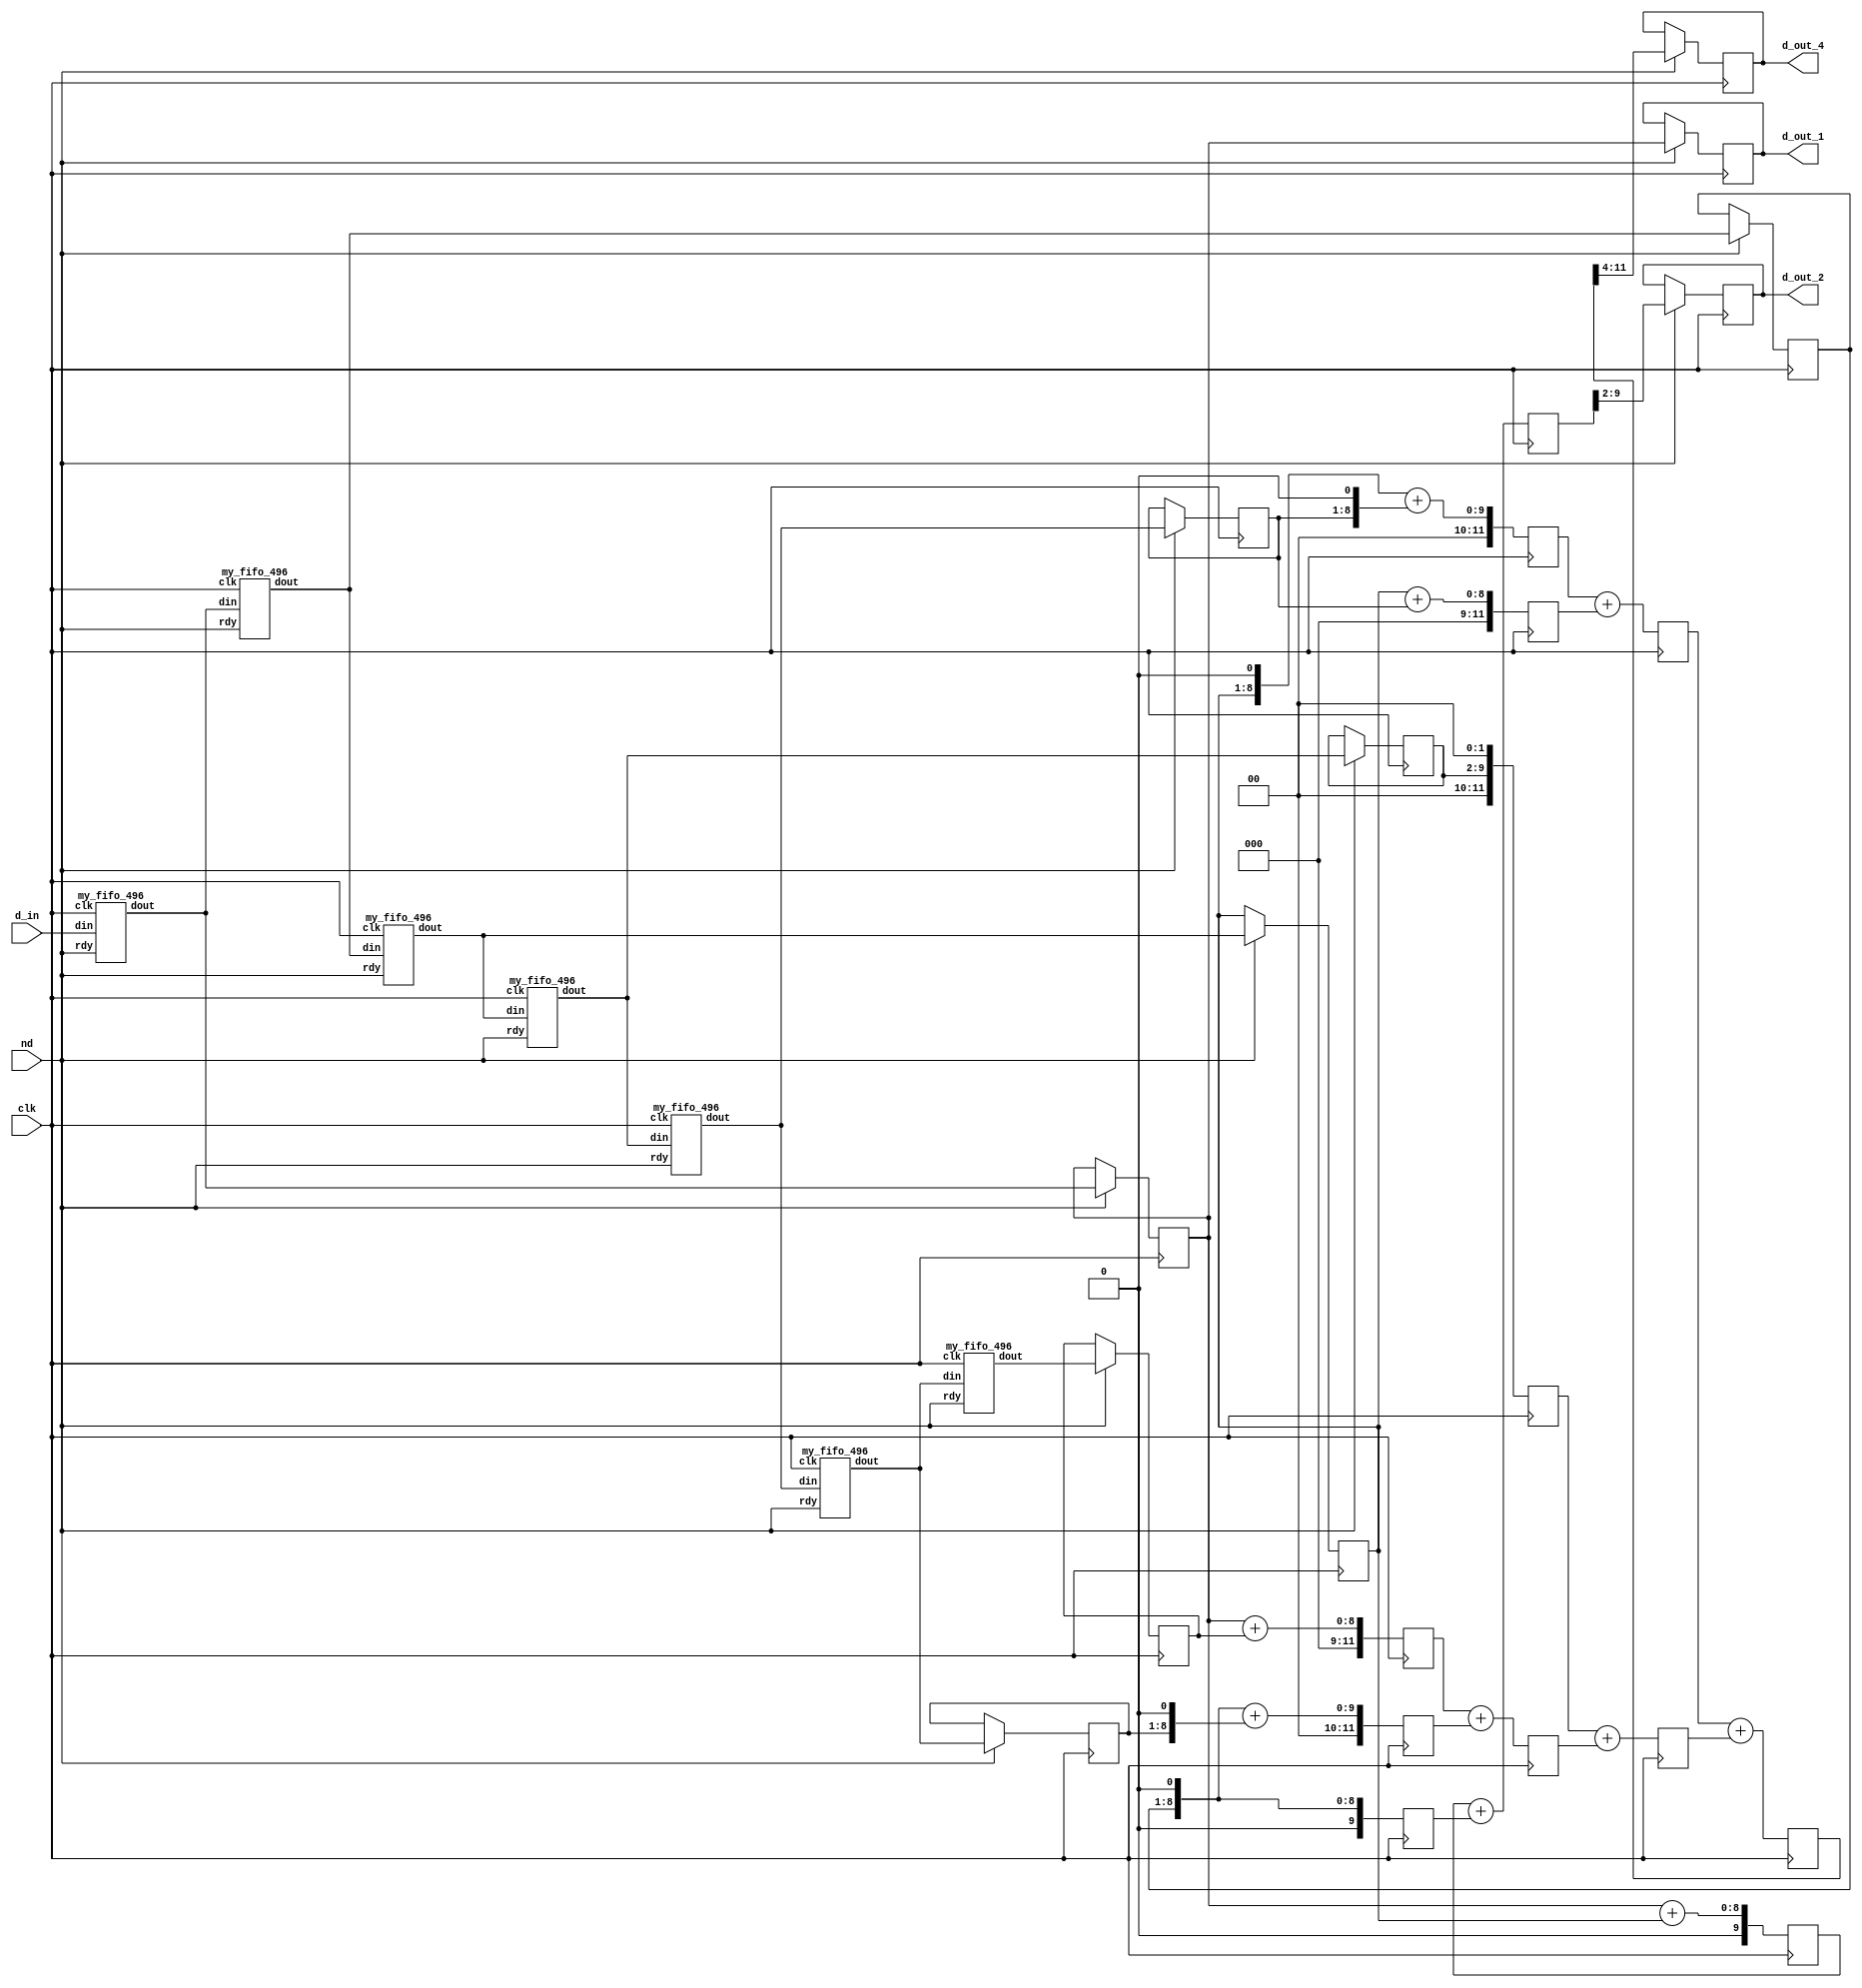

module scl_v_fltr (clk, nd, d_in, d_out_1, d_out_2, d_out_4);

   // <<X-HDL>> : Warning - included file work/basic_type does not exist - this may affect translation

   input clk; 
   input nd; 
   input[7:0] d_in; 
   output[7:0] d_out_1; 
   reg[7:0] d_out_1;
   output[7:0] d_out_2; 
   reg[7:0] d_out_2;
   output[7:0] d_out_4; 
   reg[7:0] d_out_4;

   wire[7:0] buff_out0; 
   wire[7:0] buff_out1; 
   wire[7:0] buff_out2; 
   wire[7:0] buff_out3; 
   wire[7:0] buff_out4; 
   wire[7:0] buff_out5; 
   wire[7:0] buff_out6; 
   wire[7:0] buff_out7; 
   reg[7:0] buff_out_reg0; 
   reg[7:0] buff_out_reg1; 
   reg[7:0] buff_out_reg2; 
   reg[7:0] buff_out_reg3; 
   reg[7:0] buff_out_reg4; 
   reg[7:0] buff_out_reg5; 
   reg[7:0] buff_out_reg6; 
   reg[7:0] buff_out_reg7; 
   reg[9:0] add_2_tmp_1; 
   reg[9:0] add_2_tmp_2; 
   reg[9:0] add_2_tmp; 
   reg[11:0] add_4_tmp_1; 
   reg[11:0] add_4_tmp_2; 
   reg[11:0] add_4_tmp_3; 
   reg[11:0] add_4_tmp_4; 
   reg[11:0] add_4_tmp_5; 
   reg[11:0] add_4_tmp_6; 
   reg[11:0] add_4_tmp_7; 
   reg[11:0] add_4_tmp_8; 
   reg[11:0] add_4_tmp; 
   // <<X-HDL>> Unsupported Construct - attribute  (source line 33)
   // <<X-HDL>> Unsupported Construct - attribute  (source line 34))

   assign buff_out0 = d_in ;

   my_fifo_496 ints_fifo_gen_0 (clk, buff_out0, buff_out1, nd);
   my_fifo_496 ints_fifo_gen_1 (clk, buff_out1, buff_out2, nd);
   my_fifo_496 ints_fifo_gen_2 (clk, buff_out2, buff_out3, nd);
   my_fifo_496 ints_fifo_gen_3 (clk, buff_out3, buff_out4, nd);
   my_fifo_496 ints_fifo_gen_4 (clk, buff_out4, buff_out5, nd);
   my_fifo_496 ints_fifo_gen_5 (clk, buff_out5, buff_out6, nd);
   my_fifo_496 ints_fifo_gen_6 (clk, buff_out6, buff_out7, nd);

   always @(posedge clk)
   begin
         if (nd == 1'b1)
         begin
            buff_out_reg1 <= buff_out1 ; 
            buff_out_reg2 <= buff_out2 ; 
            buff_out_reg3 <= buff_out3 ; 
            buff_out_reg4 <= buff_out4 ; 
            buff_out_reg5 <= buff_out5 ; 
            buff_out_reg6 <= buff_out6 ; 
            buff_out_reg7 <= buff_out7 ; 
            d_out_1 <= buff_out_reg1 ; 
            d_out_2 <= add_2_tmp[9:2] ; 
            d_out_4 <= add_4_tmp[11:4] ; 
         end 
         add_2_tmp_1 <= ({2'b00, buff_out_reg1}) + ({2'b00, buff_out_reg3}) ; 
         add_2_tmp_2 <= {1'b0, buff_out_reg2, 1'b0} ; 
         add_2_tmp <= add_2_tmp_1 + add_2_tmp_2 ; 
         add_4_tmp_1 <= ({4'b0000, buff_out_reg1}) + ({4'b0000, buff_out_reg7}) ; 
         add_4_tmp_2 <= ({3'b000, buff_out_reg2, 1'b0}) + ({3'b000, buff_out_reg6, 1'b0}) ; 
         add_4_tmp_3 <= ({3'b000, buff_out_reg3, 1'b0}) + ({3'b000, buff_out_reg5, 1'b0}) ; 
         add_4_tmp_4 <= ({4'b0000, buff_out_reg3}) + ({4'b0000, buff_out_reg5}) ; 
         add_4_tmp_5 <= ({2'b00, buff_out_reg4, 2'b00}) ; 
         add_4_tmp_6 <= add_4_tmp_1 + add_4_tmp_2 ; 
         add_4_tmp_7 <= add_4_tmp_3 + add_4_tmp_4 ; 
         add_4_tmp_8 <= add_4_tmp_5 + add_4_tmp_6 ; 
         add_4_tmp <= add_4_tmp_7 + add_4_tmp_8 ; 
   end 
endmodule

module my_fifo_496 (clk, din, dout, rdy);

    input clk; 
    input[8 - 1:0] din; 
    output[8 - 1:0] dout; 
    reg[8 - 1:0] dout;
	input rdy;

    reg[8-1:0]buff1;
    reg[8-1:0]buff2;

	// Fifo size log(FIFO_SIZE)/log2

    always @(posedge clk)
    begin
		if (rdy == 1'b1)
		begin
			buff1 <= din;
			dout <= buff2;
			buff2 <= buff1;

		end
	end
endmodule